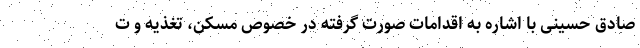
صادق حسینی با اشاره به اقدامات صورت گرفته در خصوص مسکن، تغذیه و ت